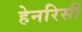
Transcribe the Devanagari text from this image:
हेनरिसी